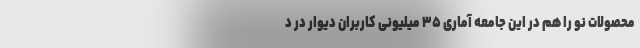
محصولات نو را هم در این جامعه آماری ۳۵ میلیونی کاربران دیوار در د